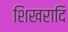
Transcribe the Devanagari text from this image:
शिखरादि